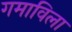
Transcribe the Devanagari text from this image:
गमाविला